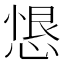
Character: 𢝧